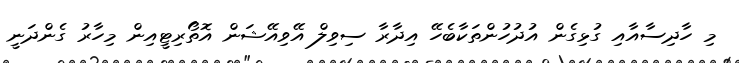
މި ހާދިސާއާއި ގުޅިގެން އުދުހުންތަކާބެހޭ އިދާރާ ސިވިލް އޭވިއޭޝަން އޮތޯރިޓީއިން މިހާރު ގެންދަނީ